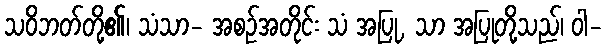
သဝိဘတ်တို့၏၊ သံသာ- အစဉ်အတိုင်း သံ အပြု, သာ အပြုတို့သည်၊ ဝါ-